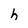
Character: h